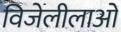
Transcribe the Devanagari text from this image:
विजेलीलाओं